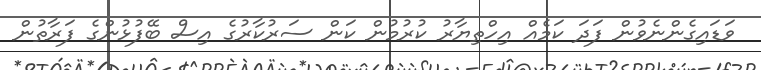
ވަޑައިގެންނެވުން ފަދަ ކަމެއް އިހްތިޔާރު ކުރުމުން ކަން ސަރުކާރުގެ އިސް ބޭފުޅުންގެ ފަރާތުން